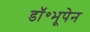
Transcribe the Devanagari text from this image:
डॉ॰भूपेन